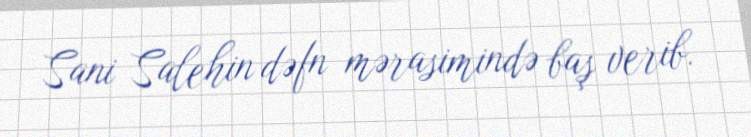
Sani Salehin dəfn mərasimində baş verib.